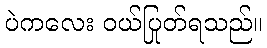
ပဲကလေး ဝယ်ပြုတ်ရသည်။